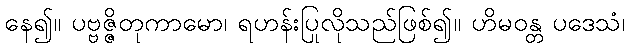
နေ၍။ ပဗ္ဗဇ္ဇိတုကာမော၊ ရဟန်းပြုလိုသည်ဖြစ်၍။ ဟိမဝန္တ ပဒေသံ၊